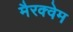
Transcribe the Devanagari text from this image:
मैरक्वेम